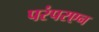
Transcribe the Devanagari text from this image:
परंपरएन